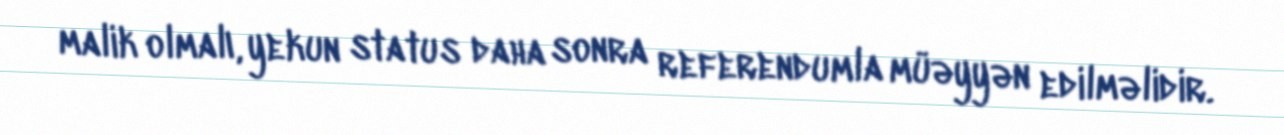
malik olmalı, yekun status daha sonra referendumla müəyyən edilməlidir.